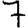
Digit: 7